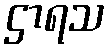
ဌာရသ